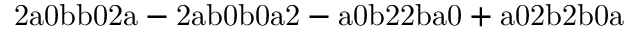
\mathrm { 2 a 0 b b 0 2 a - 2 a b 0 b 0 a 2 - a 0 b 2 2 b a 0 + a 0 2 b 2 b 0 a }